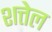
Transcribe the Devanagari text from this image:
शत्तेल